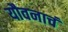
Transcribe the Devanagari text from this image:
यौवनाचं